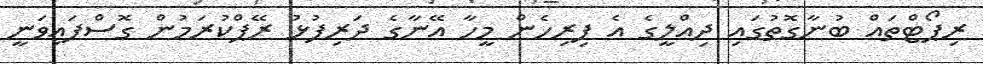
ރިޕޯޓްތައް ބުނާގޮތުގައި ދިއްލީގެ އެ ފިރިހެން މީހާ އޭނާގެ ދަރިފުޅު ރޭޕްކުރަމުން ގޮސްފައިވަނީ